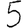
Digit: 5